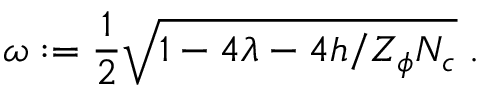
\omega : = \frac 1 2 \sqrt { 1 - 4 \lambda - 4 h / Z _ { \phi } N _ { c } } \; .